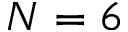
N = 6